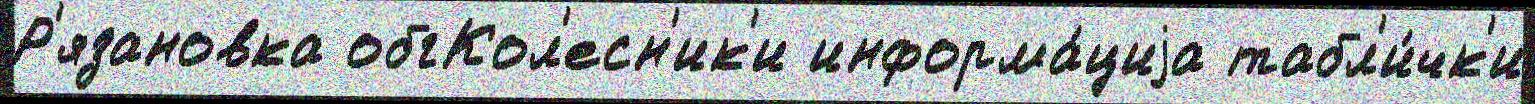
Р'язановка обгКол'есн'ик'и информа́циjа табл'и́чк'и